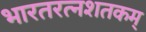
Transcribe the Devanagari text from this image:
भारतरत्नशतकम्